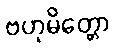
ဗဟုမိတ္တော